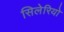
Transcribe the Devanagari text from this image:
सिलेरियो